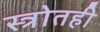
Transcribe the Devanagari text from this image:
स्त्रोतही